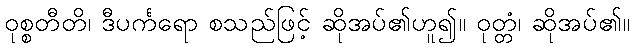
ဝုစ္စတီတိ၊ ဒီပင်္ကရော စသည်ဖြင့် ဆိုအပ်၏ဟူ၍။ ဝုတ္တံ၊ ဆိုအပ်၏။